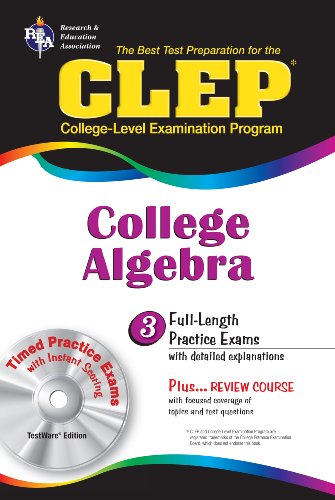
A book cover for CLEP College Algebra with CD (REA) - The Best Test Prep for the CLEP Exam (Test Preps); The Staff of Research & Education Association; Test Preparation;